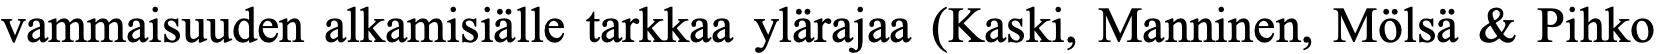
vammaisuuden alkamisiälle tarkkaa ylärajaa (Kaski, Manninen, Mölsä & Pihko